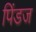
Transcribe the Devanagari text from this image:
पिंडज